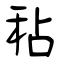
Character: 秥